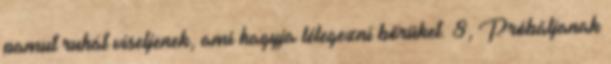
pamut ruhát viseljenek, ami hagyja lélegezni bőrüket. 8, Próbáljanak